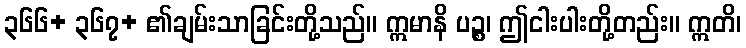
၃၆၆+ ၃၆၇+ ၏ချမ်းသာခြင်းတို့သည်။ ဣမာနိ ပဉ္စ၊ ဤငါးပါးတို့တည်း။ ဣတိ၊